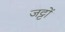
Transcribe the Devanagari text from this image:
जट्टों